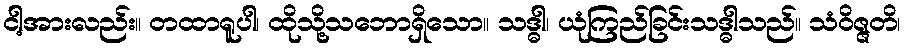
ငါ့အားလည်း။ တထာရူပါ၊ ထိုသို့သဘောရှိသော။ သဒ္ဓါ၊ ယုံကြည်ခြင်းသဒ္ဓါသည်။ သံဝိဇ္ဇတိ၊